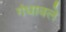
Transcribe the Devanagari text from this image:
गंधावले